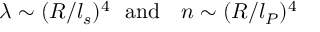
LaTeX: \lambda \sim ( R / l _ { s } ) ^ { 4 } \ \ \mathrm { a n d } \ \ \ n \sim ( R / l _ { P } ) ^ { 4 }